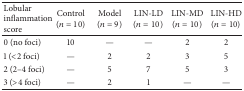
<table><thead><tr><td><b>Lobular inflammation score</b></td><td><b>Control (<i>n</i> = 10)</b></td><td><b>Model(<i>n</i> = 9)</b></td><td><b>LIN-LD (<i>n</i> = 10)</b></td><td><b>LIN-MD (<i>n</i> = 10)</b></td><td><b>LIN-HD (<i>n</i> = 10)</b></td></tr></thead><tbody><tr><td>0 (no foci)</td><td>10</td><td>—</td><td>—</td><td>2</td><td>2</td></tr><tr><td>1 (&lt;2 foci)</td><td>—</td><td>2</td><td>2</td><td>3</td><td>5</td></tr><tr><td>2 (2–4 foci)</td><td>—</td><td>5</td><td>7</td><td>5</td><td>3</td></tr><tr><td>3 (&gt;4 foci)</td><td>—</td><td>2</td><td>1</td><td>—</td><td>—</td></tr></tbody></table>